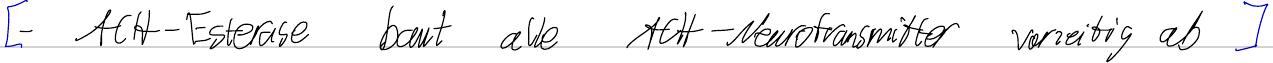
[ - ACH - Esterase baut alle ACH-Neurotransmitter vorzeitig ab ]